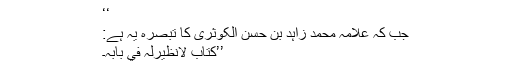
‘‘
جب کہ علامہ محمد زاہد بن حسن الکوثریؒ کا تبصرہ یہ ہے:
’’کتاب لانظیرلہ في بابہ۔